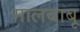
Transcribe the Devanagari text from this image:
मालबाबू